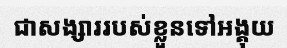
ជាសង្សាររបស់ខ្លួនទៅអង្គុយ